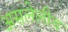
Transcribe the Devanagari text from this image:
असलेलीच